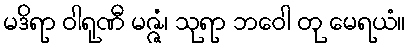
မဒိရာ ဝါရုဏီ မဇ္ဇံ၊ သုရာ ဘဝေါ တု မေရယံ။